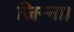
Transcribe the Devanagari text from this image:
जिन्ना।